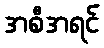
အစီအရင်